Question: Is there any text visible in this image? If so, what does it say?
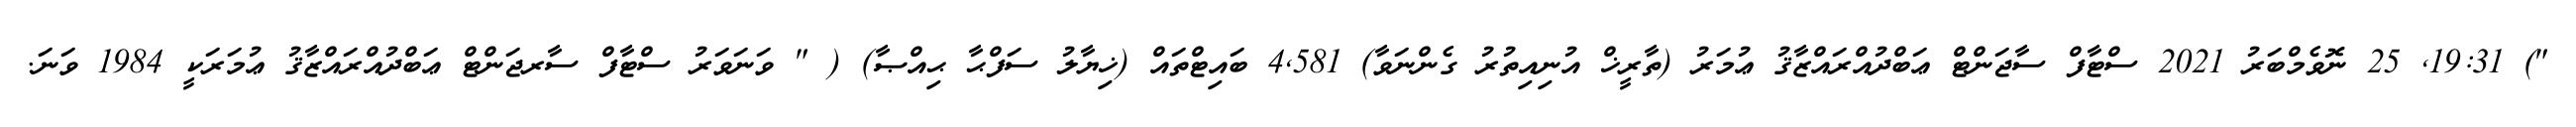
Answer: ") 19:31, 25 ނޮވެމްބަރު 2021 ސްޓާފް ސާޖަންޓް ޢަބްދުއްރައްޒާޤު ޢުމަރު (ތާރީޚް އުނިއިތުރު ގެންނަވާ) 4,581 ބައިޓްތައް (ޚިޔާލު ސަފްޙާ ޙިއްޞާ) ( " ވަނަވަރު ސްޓާފް ސާރޖަންޓް ޢަބްދުއްރައްޒާޤު ޢުމަރަކީ 1984 ވަނަ.